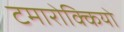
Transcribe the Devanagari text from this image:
टमारोक्कियो